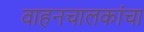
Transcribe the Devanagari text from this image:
वाहनचालकांचा